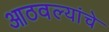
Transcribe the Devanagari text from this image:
आठवल्यांचे